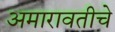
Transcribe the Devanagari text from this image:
अमारावतीचे